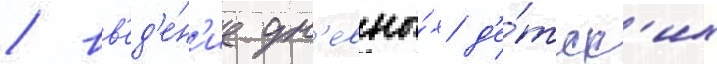
/ вв'ед'е́н'ие дн'евны́х д'е́тск'их